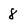
Character: 8